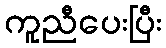
ကူညီပေးပြီး